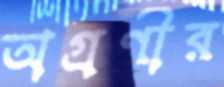
অগ্রণীর